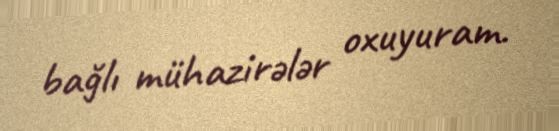
bağlı mühazirələr oxuyuram.